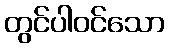
တွင်ပါဝင်သော